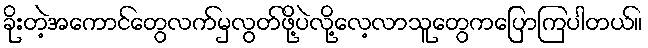
ခိုးတဲ့အကောင်တွေလက်မှလွတ်ဖို့ပဲလို့လေ့လာသူတွေကပြောကြပါတယ်။